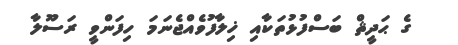
ގެ ޙަދީޘް ބަސްފުޅުތަކާއި ޚިލާފުވެއްޖެނަމަ ހިފަންވީ ރަސޫލާ